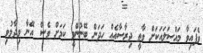
ވެފައިވާ މައްސަލައަކަށް ވާތީ ދިރާސާއެއް ހަދަން ބޭނުންވީ ކަމަށް ވެސް އޭނާ ވިދާޅުވި